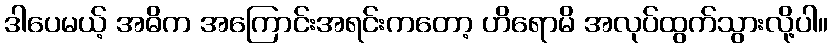
ဒါပေမယ့် အဓိက အကြောင်းအရင်းကတော့ ဟိရောမိ အလုပ်ထွက်သွားလို့ပါ။